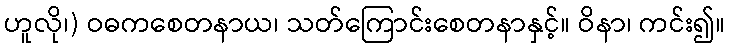
ဟူလို၊) ဝဓကစေတနာယ၊ သတ်ကြောင်းစေတနာနှင့်။ ဝိနာ၊ ကင်း၍။